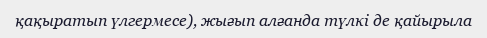
қақыратып үлгермесе), жығып алғанда түлкі де қайырыла